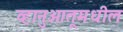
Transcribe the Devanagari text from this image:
व्हानुआतूमधील